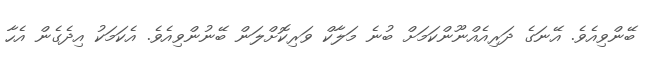
ބޭންވިއެވެ. އޭނަގެ ދަރިއެއްނޫންކަމަށް ބުނެ މަލާކް ވަރިކޮށްލަން ބޭނުންވިއެވެ. އެކަމަކު އިދެގެން އެހާ